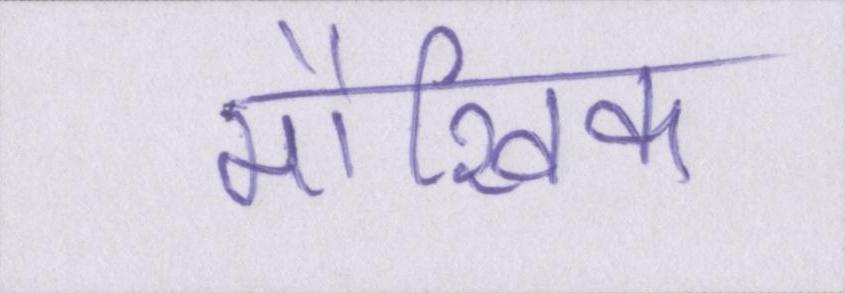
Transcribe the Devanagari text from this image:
मौखिक